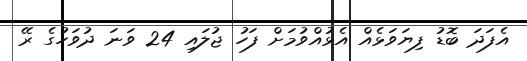
އެފަދަ ބޮޑު ފިޔަވަޅެއް އެޅުއްވުމަށް ފަހު ޖުލައި 24 ވަނަ ދުވަހުގެ ރޭ